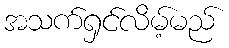
အသက်ရှင်လိမ့်မည်